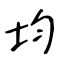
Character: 均